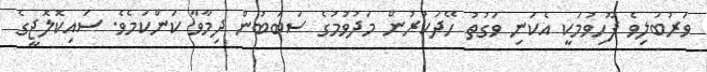
ވަރުބަލިވެ ފޫހިވުމަކީ އެކަނި ވަގުތު ހޭދަކުރުން މަދުވުމުގެ ސަބަބުން ދިމާވާ ކަންކަމެވެ. ސައިކޮލޮޖީގެ